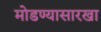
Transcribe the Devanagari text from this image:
मोडण्यासारखा